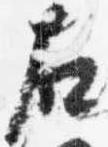
右